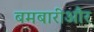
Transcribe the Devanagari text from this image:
बमबारीऔर